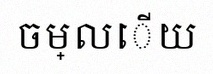
ចម្លើយ